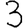
Digit: 3